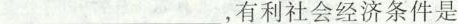
___，有利社会经济条件是